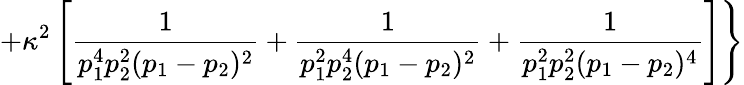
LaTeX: +\kappa^{2}\left[{\frac{1}{p_{1}^{4}p_{2}^{2}(p_{1}-p_{2})^{2}}}+{\frac{1}{p_{1}^{2}p_{2}^{4}(p_{1}-p_{2})^{2}}}+{\frac{1}{p_{1}^{2}p_{2}^{2}(p_{1}-p_{2})^{4}}}\right]\Biggr\}